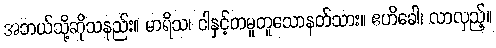
အဘယ်သို့ဆိုသနည်း။ မာရိသ၊ ငါနှင့်တမူတူသောနတ်သား။ ဧဟိခေါ၊ လာလှည့်။